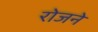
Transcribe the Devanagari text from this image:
रोजने